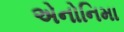
એનોનિમા